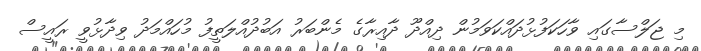
މި ޖަލްސާގައި ވާހަކަފުޅުދައްކަވަމުން ދިއްދޫ ދާއިރާގެ މެންބަރު އަބުދުއްލަތީފު މުހައްމަދު ވިދާޅުވީ ރައީސް